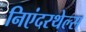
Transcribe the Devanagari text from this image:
निएंदरथेल्स